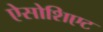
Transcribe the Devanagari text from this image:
ऐसोशिएट